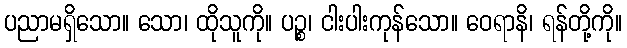
ပညာမရှိသော။ သော၊ ထိုသူကို။ ပဉ္စ၊ ငါးပါးကုန်သော။ ဝေရာနိ၊ ရန်တို့ကို။